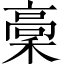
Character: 稾